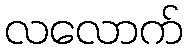
လလောက်